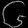
Digit: ၆